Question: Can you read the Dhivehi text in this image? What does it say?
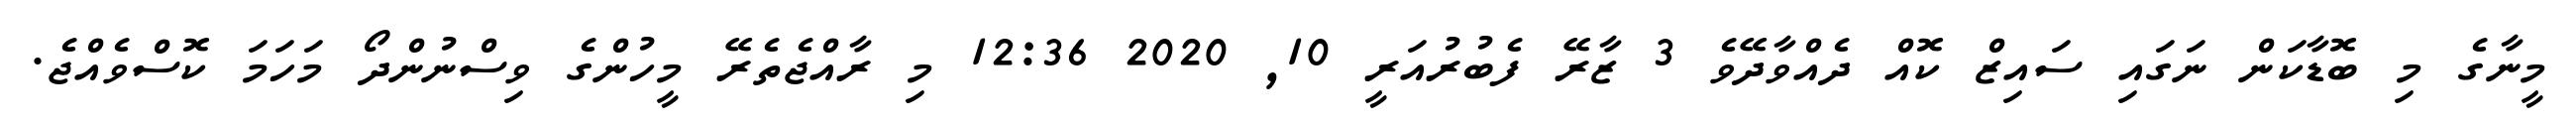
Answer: މީނާގެ މި ބޮޑާކަން ނަގައި ސައިޒް ކޮއް ދެއްވާދޭވެ 3 ޒާރޭ ފެބުރުއަރީ 10, 2020 12:36 މި ރާއްޖެތެރޭ މީހުންގެ ވިސްނުންދޯ މަހަމަ ކޮސްވެއްޖެ.